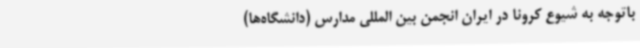
باتوجه به شیوع کرونا در ایران انجمن بین المللی مدارس (دانشگاه‌ها)